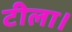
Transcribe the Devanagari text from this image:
टीला।